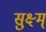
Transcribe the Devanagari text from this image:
सुक्ष्म्